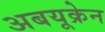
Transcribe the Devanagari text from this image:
अबयूक्रेन